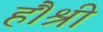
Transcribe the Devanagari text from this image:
हैं।श्री